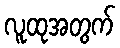
လူထုအတွက်